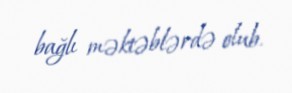
bağlı məktəblərdə olub.